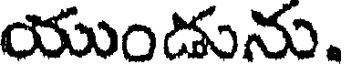
యుండును.